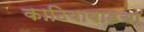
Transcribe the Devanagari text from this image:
काठियावाडचा